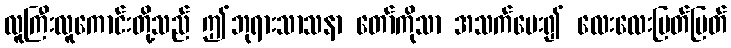
လူကြီးလူကောင်းတို့သည် ဤဘုရားသာသနာ တော်ကိုသာ အသက်ပေး၍ လေးလေးမြတ်မြတ်